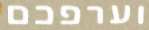
וערפכם